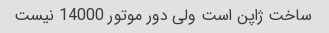
ساخت ژاپن است ولی دور موتور 14000 نیست